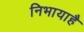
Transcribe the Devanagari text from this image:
निभायाहै